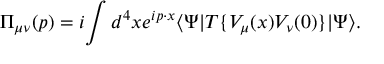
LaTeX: \Pi _ { \mu \nu } ( p ) = i \! \int d ^ { 4 } x e ^ { i p \cdot x } \langle \Psi | T \{ V _ { \mu } ( x ) V _ { \nu } ( 0 ) \} | \Psi \rangle .